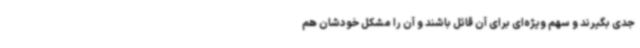
جدی بگیرند و سهم ویژه‌ای برای آن قائل باشند و آن را مشکل خودشان هم